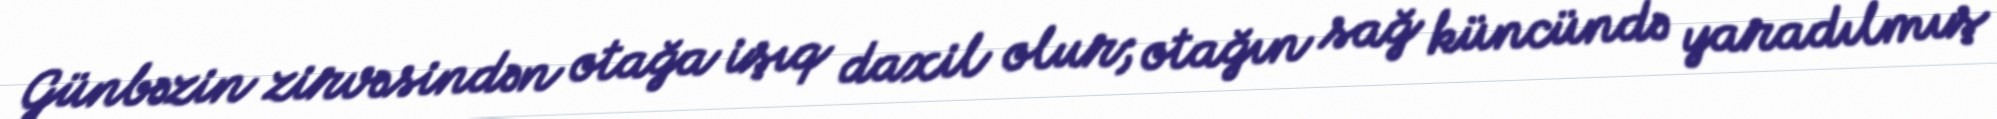
Günbəzin zirvəsindən otağa işıq daxil olur; otağın sağ küncündə yaradılmış